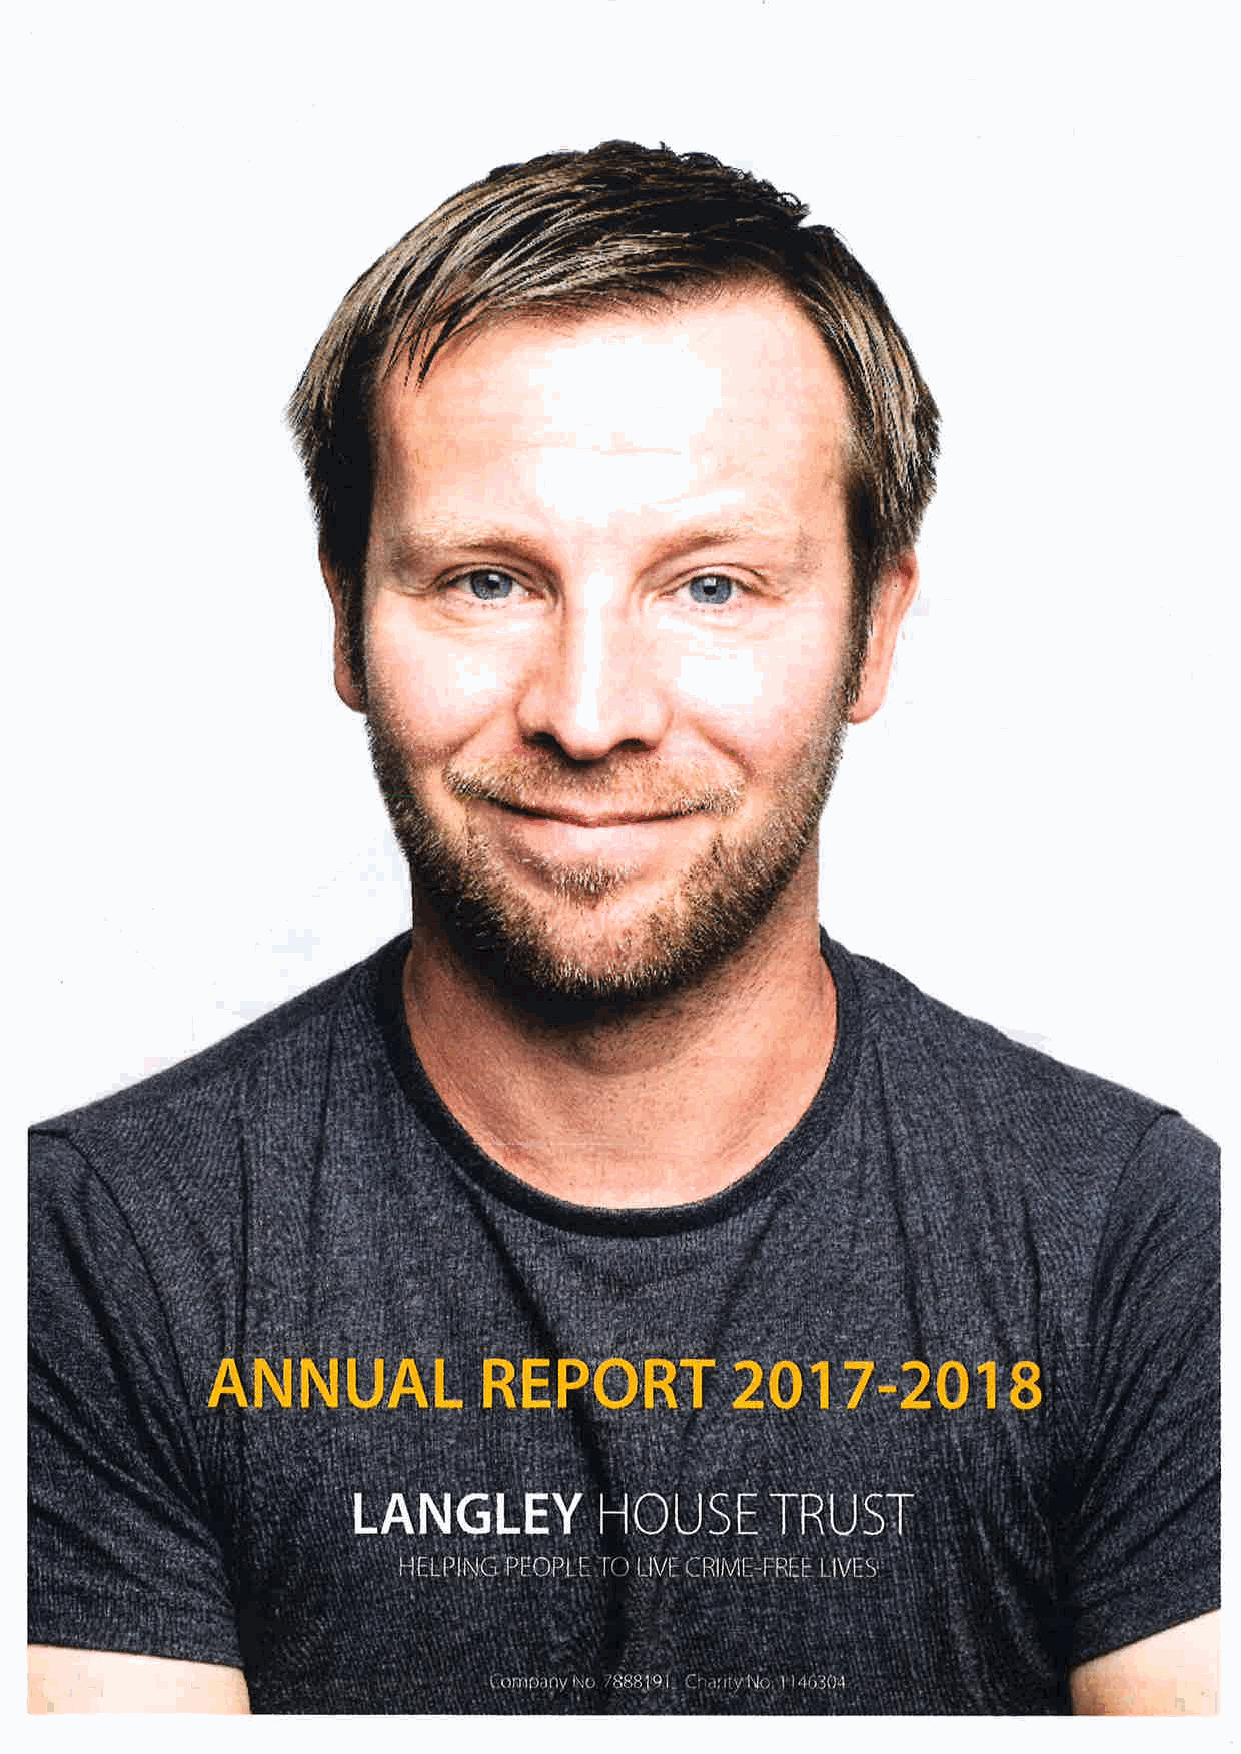
I           t